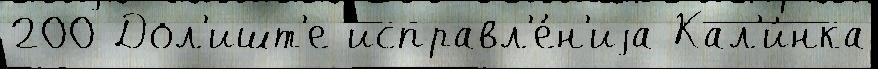
200 Дол'ишт'е исправл'е́н'иjа Кал'и́нка